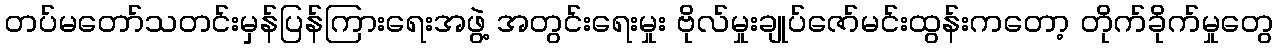
တပ်မတော်သတင်းမှန်ပြန်ကြားရေးအဖွဲ့ အတွင်းရေးမှုး ဗိုလ်မှုးချုပ်ဇော်မင်းထွန်းကတော့ တိုက်ခိုက်မှုတွေ